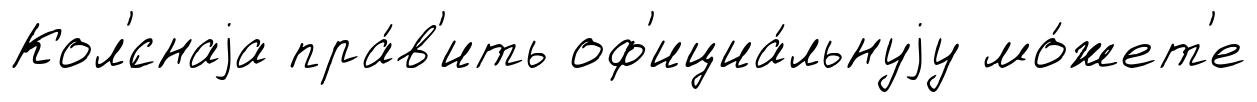
Кол'́снаjа пра́в'ить оф'ициа́льнуjу мо́жет'е